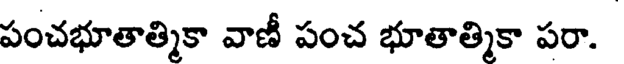
పంచభూతాత్మికా వాణీ పంచ భూతాత్మికా పరా.